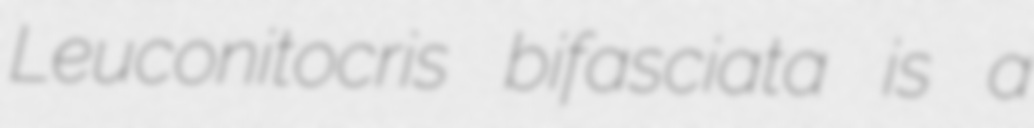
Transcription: Leuconitocris bifasciata is a